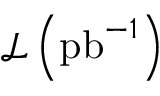
\mathcal { L } \left( \mathrm { p b } ^ { - 1 } \right)